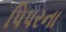
પિપરના